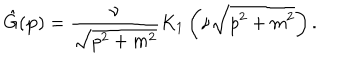
\hat { G } ( { \bf p } ) = { \frac { \nu } { \sqrt { p ^ { 2 } + m ^ { 2 } } } } K _ { 1 } \left( \nu \sqrt { p ^ { 2 } + m ^ { 2 } } \right) .